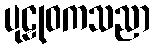
ပုဠုဝကသညာ